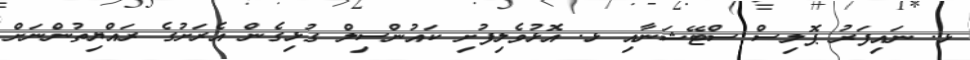
ޅ. ނައިފަރު ޕޮލިސް ސްޓޭޝަނާއި ޅ. އޮޅުވެލިފުށި ކައުންސިލް ގުޅިގެން އެރަށުގެ ރައްޔިތުންނަށް